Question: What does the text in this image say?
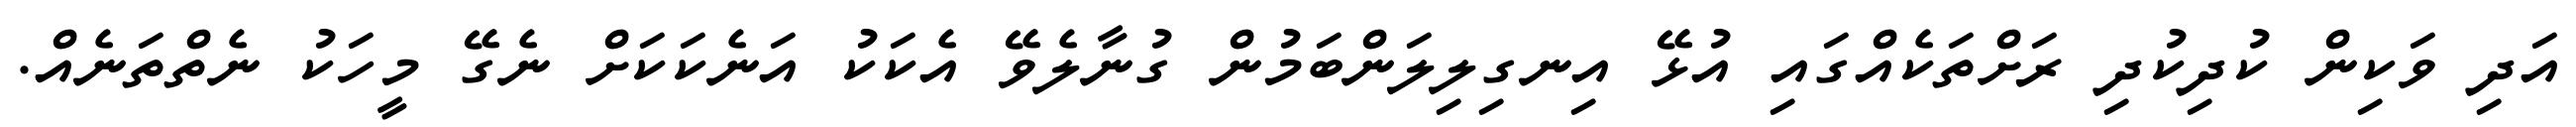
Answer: އަދި ވަކިން ކުދިކުދި ރަށްތަކެއްގައި އުޅޭ އިނގިލިލަންބަމުން ގުނާލެވޭ އެކަކު އަނެކަކަށް ނެގޭ މީހަކު ނެތްތަނެއް.